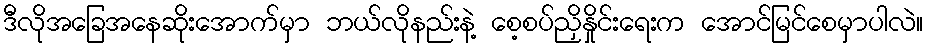
ဒီလိုအခြေအနေဆိုးအောက်မှာ ဘယ်လိုနည်းနဲ့ စေ့စပ်ညှိနှိုင်းရေးက အောင်မြင်စေမှာပါလဲ။